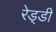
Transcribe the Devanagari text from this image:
रेड्‌डी